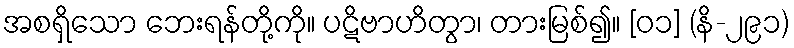
အစရှိသော ဘေးရန်တို့ကို။ ပဋိဗာဟိတွာ၊ တားမြစ်၍။ [၀၁] (နိ-၂၉၁)